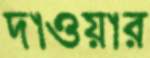
দাওয়ার